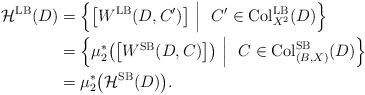
LaTeX: \begin{align*}\mathcal{H}^{\rm LB}(D)&=\Big\{\big[W^{\rm LB}(D, C')\big] ~\Big|~ \ C' \in {\rm Col}_{X^2}^{\rm LB} (D) \Big\}\\&=\Big\{\mu_2^{\ast}\big(\big[W^{\rm SB}(D, C)\big]\big) ~\Big|~ \ C \in {\rm Col}_{(B,X)}^{\rm SB} (D) \Big\}\\&=\mu_2^{\ast}\big(\mathcal{H}^{\rm SB}(D)\big).\end{align*}